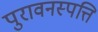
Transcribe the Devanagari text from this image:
पुरावनस्पत्ति